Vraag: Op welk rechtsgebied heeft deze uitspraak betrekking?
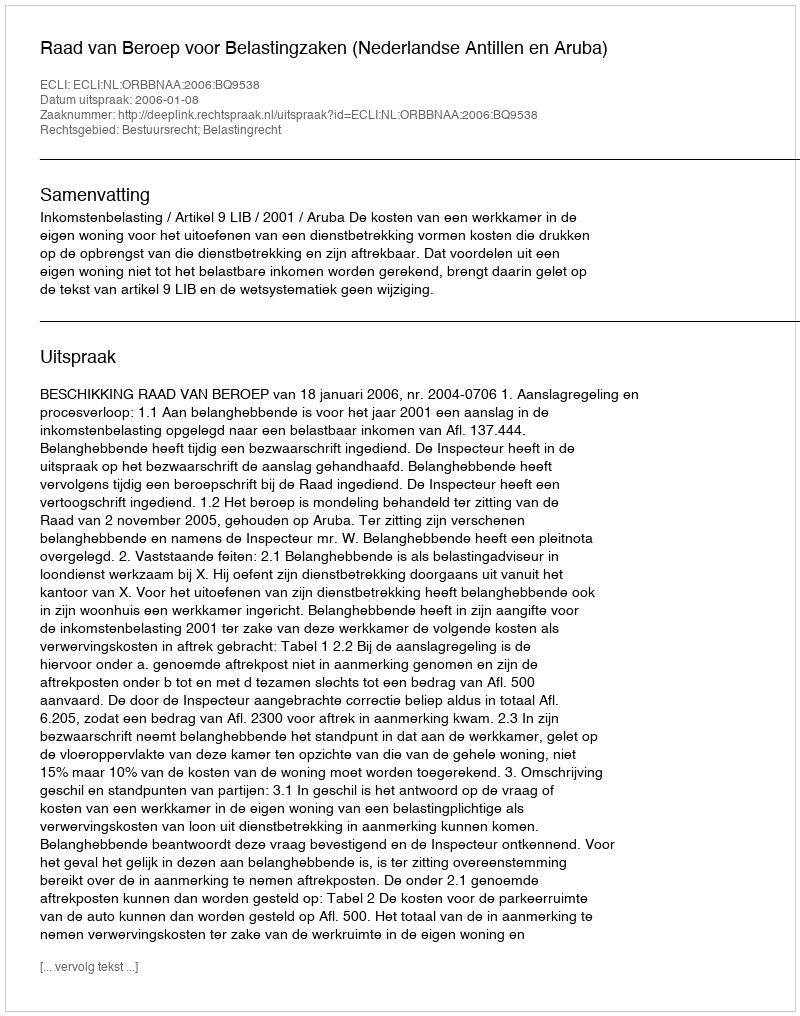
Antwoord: Bestuursrecht; Belastingrecht